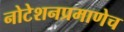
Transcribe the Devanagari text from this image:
नोटेशनप्रमाणेच